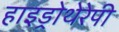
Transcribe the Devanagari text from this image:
हाइड्रोथेरेपी